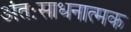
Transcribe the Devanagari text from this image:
अंतःसाधनात्मक